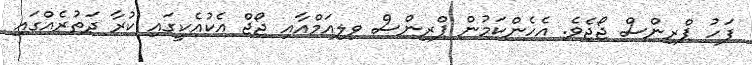
ފަހު ޕްރިންސް ޖޯޖެވެ. އެހެންކަމުން ޕްރިންސް ވިލިއަމްއާއި ޖޯޖް އެކުއެކީގައި ކުރާ ދަތުރެއްގައި